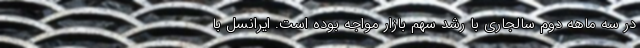
در سه ماهه دوم سالجاری با رشد سهم بازار مواجه بوده است. ایرانسل با